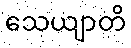
သေယျာတိ